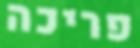
פריכה